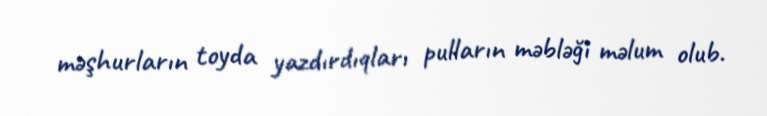
məşhurların toyda yazdırdıqları pulların məbləği məlum olub.